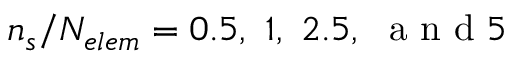
\ensuremath { n _ { s } } / \ensuremath { N _ { e l e m } } = 0 . 5 , \ 1 , \ 2 . 5 , \ \mathrm { ~ a ~ n ~ d ~ } 5 \